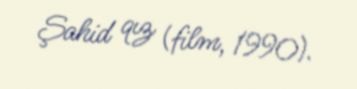
Şahid qız (film, 1990).